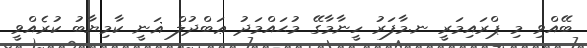
ބޭއްވި މި ޕްރައިމަރީ ނ.މާފަރު ހީނާމާގޭ މުޙައްމަދު ޢަބްދުލް ޣަނީ ކާމިޔާބު ކުރެއްވީ